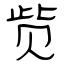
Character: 赀